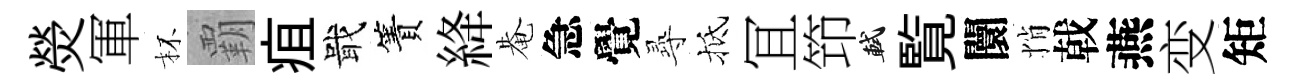
熒軍杯覇疽戢簀絳𤲅急覺𡬶抵冝笻軾覧闤悄戟燕变矩